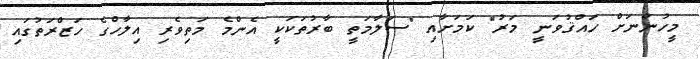
މީހުންނަށް ހައްޤުވަނީ މަރު" ކަމަށާއި "ސަލާމަތީ ބާރުތަކަކީ އެންމެ މަތިވެރި އިލާހްގެ ހަޒްރަތުގައި